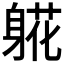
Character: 𬧧